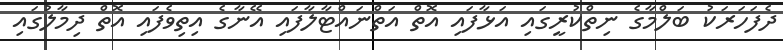
ދެފަހަރަކު ބަލްމާގެ ނިތްކުރީގައި އަޅާފައި އޮތް އަތްނައްޓާލާފައި އޭނާގެ އިތިވެފައި އޮތް ދިމާލުގައި